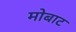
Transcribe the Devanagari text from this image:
मोबाट